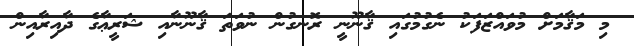
މި މަޤާމަށް މުވައްޒަފަކު ނެގުމުގައި ޤާނޫނީ ރޮނގުން ނުވަތަ ޤާނޫނާއި ޝަރީޢާގެ ދާއިރާއިން